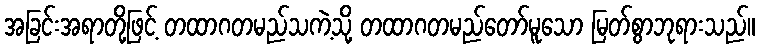
အခြင်းအရာတို့ဖြင့် တထာဂတမည်သကဲ့သို့ တထာဂတမည်တော်မူသော မြတ်စွာဘုရားသည်။